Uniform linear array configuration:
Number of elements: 12
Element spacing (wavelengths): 0.75
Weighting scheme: kaiser
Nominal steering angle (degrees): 45
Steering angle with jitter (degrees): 43.697
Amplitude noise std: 0.05
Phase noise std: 0.05

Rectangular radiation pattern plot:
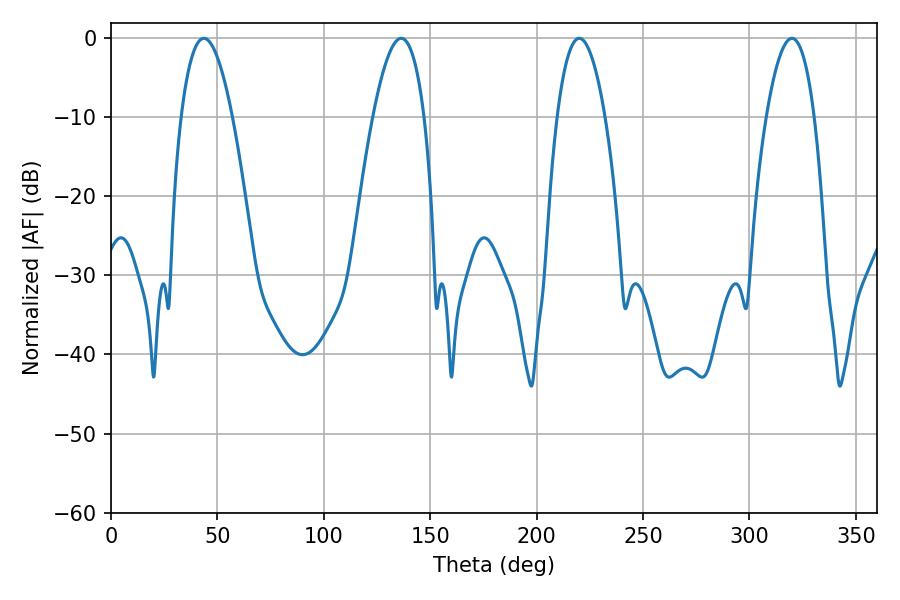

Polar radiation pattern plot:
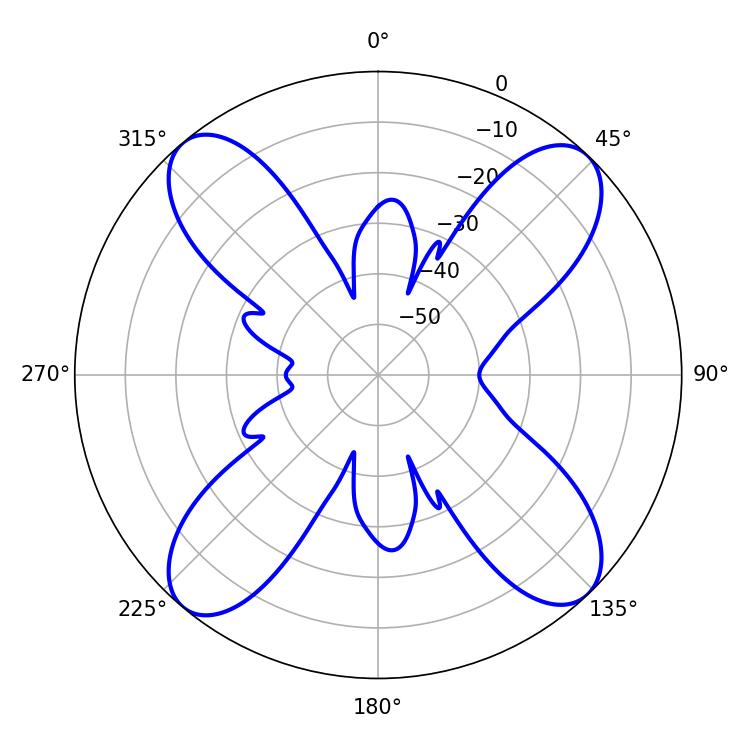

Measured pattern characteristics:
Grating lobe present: TRUE
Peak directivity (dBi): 16.489
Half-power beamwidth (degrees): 12.6
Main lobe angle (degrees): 219.96